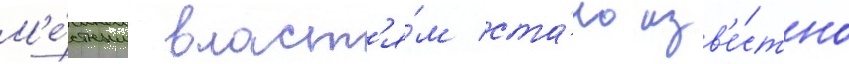
М'е́стным власт'я́м ста́ло изв'е́стно